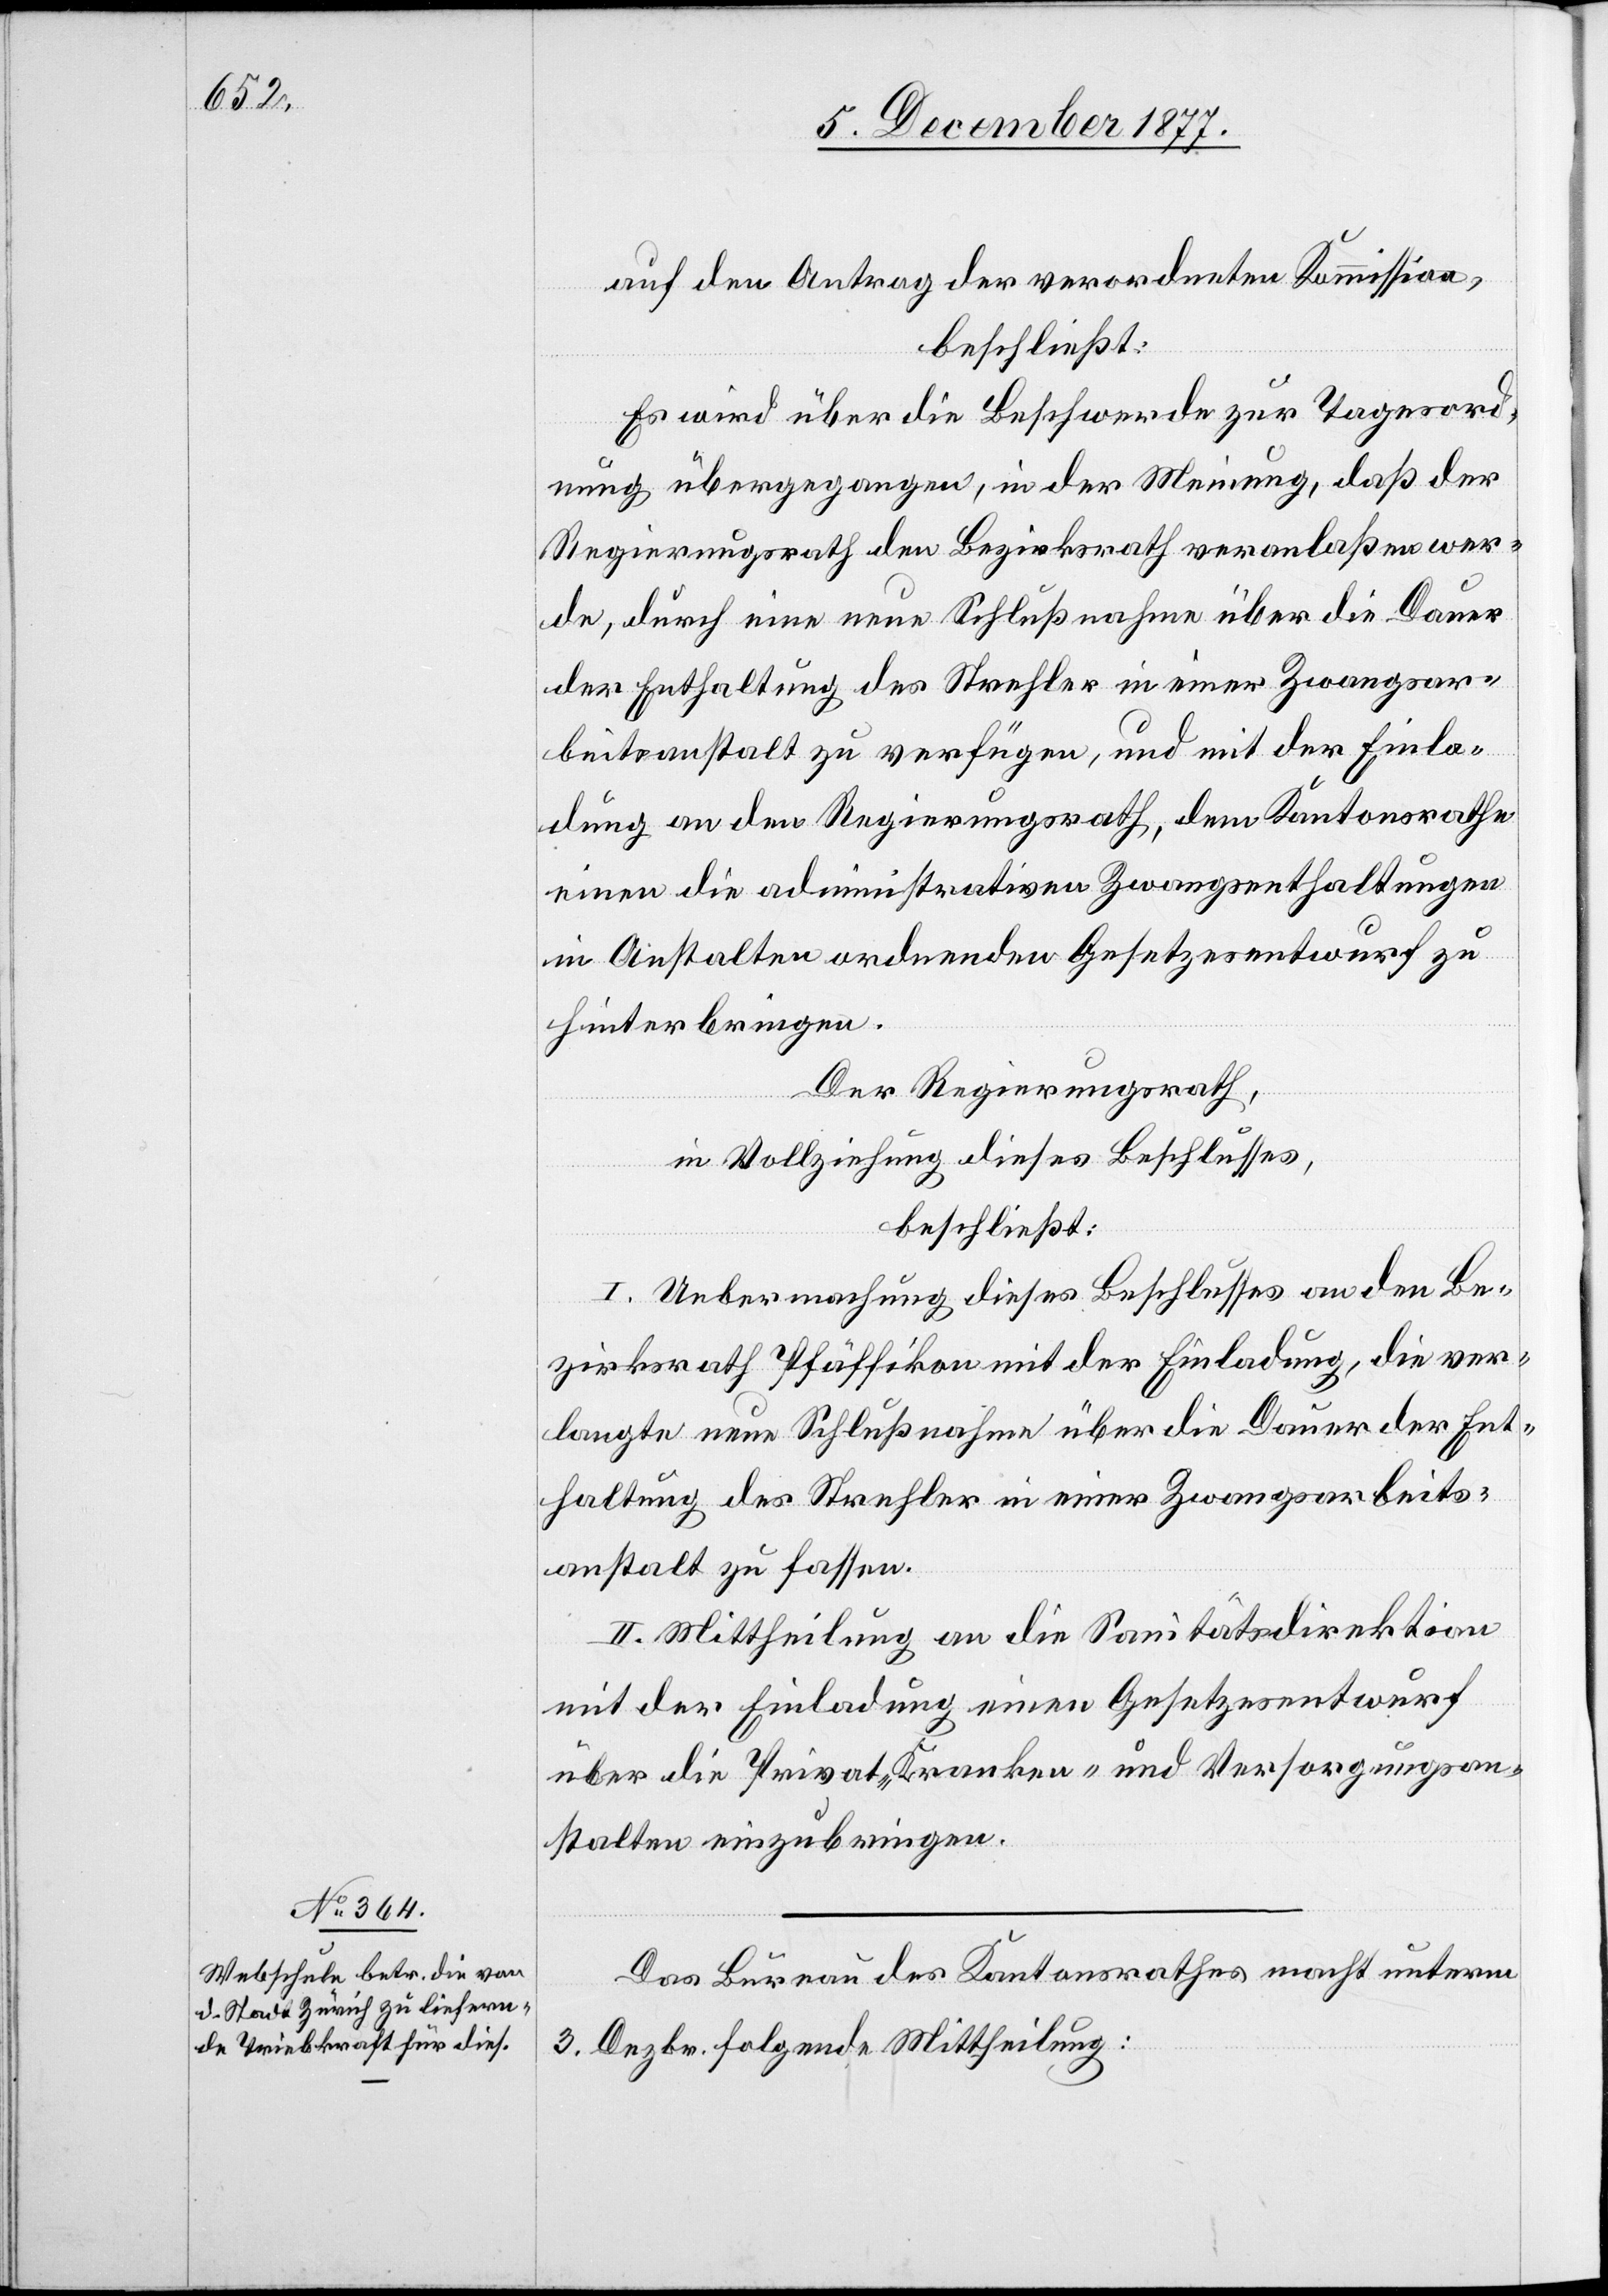
auf den Antrag der verordneten Kommission,
beschließt:
Es wird über die Beschwerde zur Tagesord¬
nung übergegangen, in der Meinung, daß der
Regierungsrath den Bezirksrath veranlaßen wer¬
de, durch eine neue Schlußnahme über die Dauer
der Enthaltung des Strehler in einer Zwangsar¬
beitsanstalt zu verfügen, und mit der Einla¬
dung an den Regierungsrath, dem Kantonsrathe
einen die administrativen Zwangsenthaltungen
in Anstalten ordnenden Gesetzesentwurf zu
hinterbringen.
Der Regierungsrath,
in Vollziehung dieses Beschlusses,
beschließt:
I. Uebermachung dieses Beschlusses an den Be¬
zirksrath Pfäffikon mit der Einladung, die ver¬
langte neue Schlußnahme über die Dauer der Ent¬
haltung des Strehler in einer Zwangsarbeits¬
anstalt zu fassen.
II. Mittheilung an die Sanitätsdirektion
mit der Einladung einen Gesetzesentwurf
über die Privat-, Kranken- und Versorgungsan¬
stalten einzubringen.
Das Bureau des Kantonsrathes macht unterm
3. Dezbr. folgende Mittheilung: